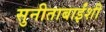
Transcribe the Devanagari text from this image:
सुनीताबाईंशी